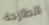
الطازجة